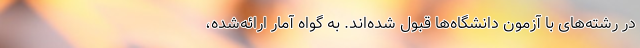
در رشته‌های با آزمون دانشگاه‌ها قبول شده‌اند. به گواه آمار ارائه‌شده،